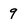
Character: 9